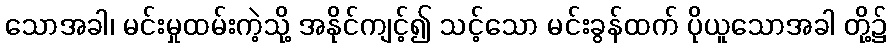
သောအခါ၊ မင်းမှုထမ်းကဲ့သို့ အနိုင်ကျင့်၍ သင့်သော မင်းခွန်ထက် ပိုယူသောအခါ တို့၌